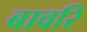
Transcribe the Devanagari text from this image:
बावरि